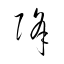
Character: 降